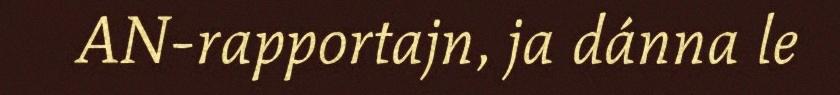
AN-rapportajn, ja dánna le